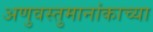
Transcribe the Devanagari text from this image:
अणुवस्तुमानांकाच्या